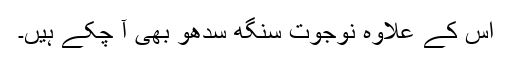
اس کے علاوہ نوجوت سنگھ سدھو بھی آ چکے ہیں۔